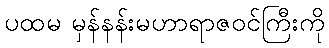
ပထမ မှန်နန်းမဟာရာဇဝင်ကြီးကို